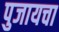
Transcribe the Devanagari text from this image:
पुजायचा